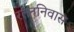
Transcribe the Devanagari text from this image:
रतननिवास